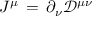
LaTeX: J ^ { \mu } \, = \, \partial _ { \nu } { \mathcal { D } } ^ { \mu \nu }